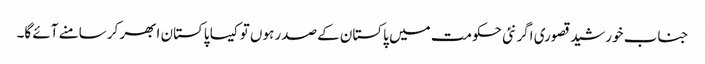
جناب خورشید قصوری اگر نئی حکومت میں پاکستان کے صدر ہوں تو کیسا پاکستان ابھر کر سامنے آئے گا۔